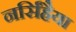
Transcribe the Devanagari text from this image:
नर्सिंहैया